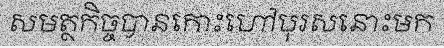
សមត្ថកិច្ចបានកោះហៅបុរសនោះមក